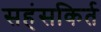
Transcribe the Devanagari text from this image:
सहंसकिर्त